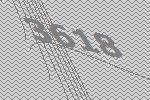
3618